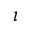
\iota